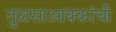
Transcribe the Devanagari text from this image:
तुळसाआक्कांची